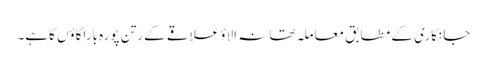
جانکاری کے مطابق معاملہ تھانہ الاؤ علاقے کے رتن پورہ باراگاؤں کاہے۔